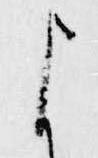
よ